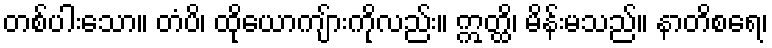
တစ်ပါးသော။ တံပိ၊ ထိုယောကျ်ားကိုလည်း။ ဣတ္ထိ၊ မိန်းမသည်။ နာတိစရေ၊